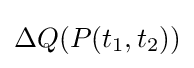
\Delta Q(P(t_{1},t_{2}))